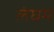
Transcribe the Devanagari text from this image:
लंघम